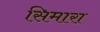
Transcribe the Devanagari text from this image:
सिमारा